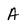
Character: A